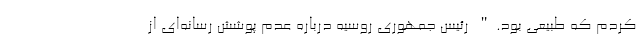
کردم که طبیعی بود." رئیس جمهوری روسیه درباره عدم پوشش رسانه‌ای از